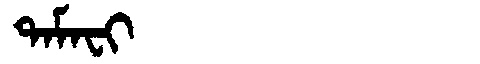
Manchu: ᡨᠠᠮᠠᠸᡳ
Romanization: TAMAFI